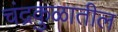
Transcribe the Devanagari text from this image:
चंद्रकुळातील